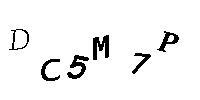
DC5M7P